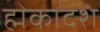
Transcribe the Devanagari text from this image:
ह्मेकादशं